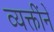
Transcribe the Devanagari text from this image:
व्यक्तींनें